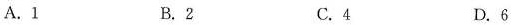
A.1 B.2 C.4 D.6